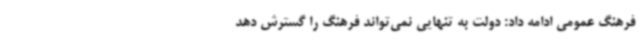
فرهنگ عمومی ادامه داد: دولت به تنهایی نمی‌تواند فرهنگ را گسترش دهد